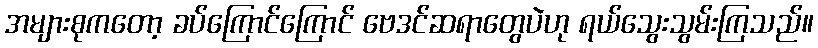
အများစုကတော့ ခပ်ကြောင်ကြောင် ဗေဒင်ဆရာတွေပဲဟု ရယ်သွေးသွမ်းကြသည်။